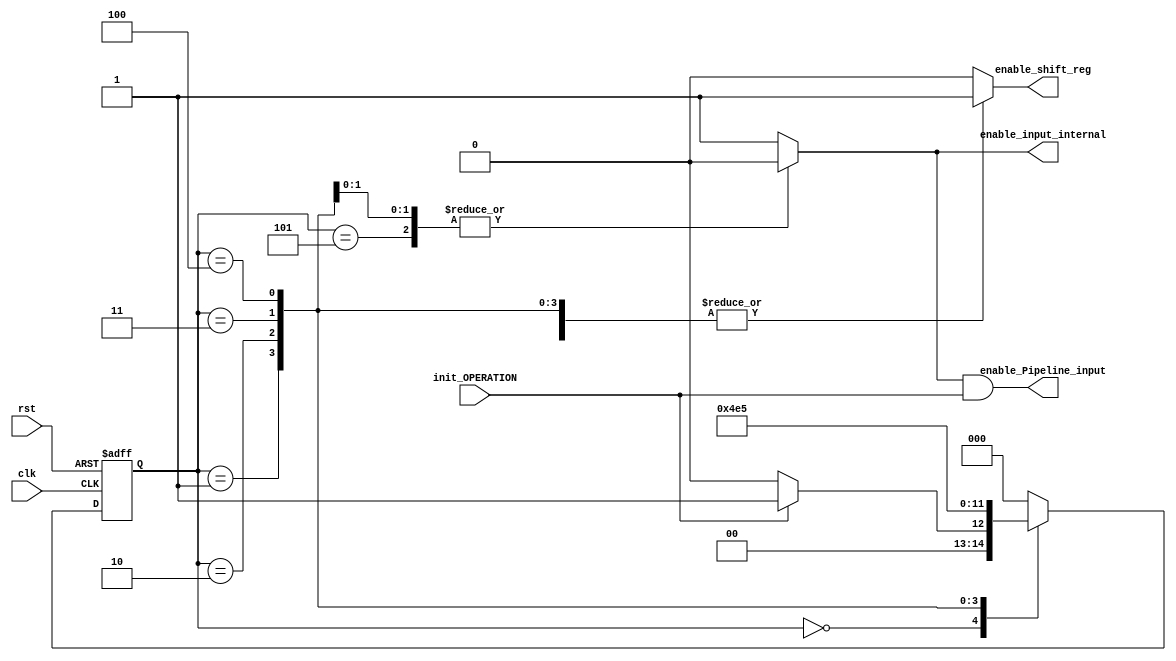
module FSM_INPUT_ENABLE(
	//INPUTS
	input wire clk,
	input wire rst,
	input wire init_OPERATION,

	output reg enable_input_internal,
	//output enable for the first stage of the pipeline
	output wire enable_Pipeline_input,
	output reg enable_shift_reg

    );


////////States///////////
//Zero Phase
parameter [3:0] State0 = 3'd0,

	State1 = 3'd1,

	State2 = 3'd2,

	State3 = 3'd3,

	State4 = 3'd4,

	State5= 3'd5,

	State6 = 3'd6,

	State7 = 3'd7;


//State registers
reg [2:0] state_reg, state_next;

//State registers reset and standby logic
always @(posedge clk, posedge rst)
	if(rst)
		state_reg <= State0;
	else
		state_reg <= state_next;

//Transition and Output Logic
always @*
	begin
			//DEFAULT INITIAL VALUES
	//STATE DEFAULT BEHAVIOR
	state_next = state_reg; //If no changes, keep the value of the register unaltered

	enable_input_internal=1; //It is internal because its an intermediary value
	enable_shift_reg = 0;
	case(state_reg)

		State0:
			begin
				//OUTPUT SIGNAL
				enable_input_internal=1;
				enable_shift_reg = 0;
				//NEXT STATE
				if(init_OPERATION)
					state_next = State1; //JUMP TO NEXT STATE
				else begin
					state_next = State0; //STAY
				end

			end

		State1:
			begin
				//OUTPUT SIGNAL
				enable_input_internal=1;
				enable_shift_reg = 1;
				//NEXT STATE
				state_next = State2;
			end

		State2:
			begin
				//OUTPUT SIGNAL
				enable_input_internal=1;
				enable_shift_reg = 1;
				//NEXT STATE
				state_next = State3;
			end

		State3:
			begin
				//OUTPUT SIGNAL
				enable_input_internal=0;
				enable_shift_reg = 1;
				//NEXT STATE
				state_next = State4;
			end

		State4:
			begin
				//OUTPUT SIGNAL
				enable_input_internal=0;
				enable_shift_reg = 1;
				//NEXT STATE
				state_next = State5;
			end

		State5:
			begin
				//OUTPUT SIGNAL
				enable_input_internal=0;
				enable_shift_reg = 1;
				//NEXT STATE
				state_next = State0;
			end

		// State6:
		// 	begin
		// 		//OUTPUT SIGNAL
		// 		enable_input_internal=0;
		// 		enable_shift_reg = 1;
		// 		//NEXT STATE
		// 		state_next = State7;
		// 	end

		// State7:
		// 	begin
		// 		//OUTPUT SIGNAL
		// 		enable_input_internal=0;
		// 		enable_shift_reg = 1;
		// 		//NEXT STATE
		// 		state_next = State0;
		//	end
		default:
			begin
				state_next =State0;

			end
	endcase
end


assign  enable_Pipeline_input = enable_input_internal & init_OPERATION;

endmodule